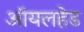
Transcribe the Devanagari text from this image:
ऑयलहेड